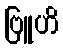
ဗြူဟိ